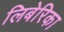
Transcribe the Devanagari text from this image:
लिबेरिका